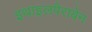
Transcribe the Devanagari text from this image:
इथाइलपैराबेन